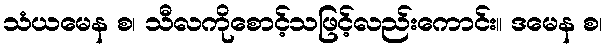
သံယမေန စ၊ သီလကိုစောင့်သဖြင့်လည်းကောင်း။ ဒမေန စ၊